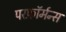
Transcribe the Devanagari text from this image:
परफ़ॉर्मन्स